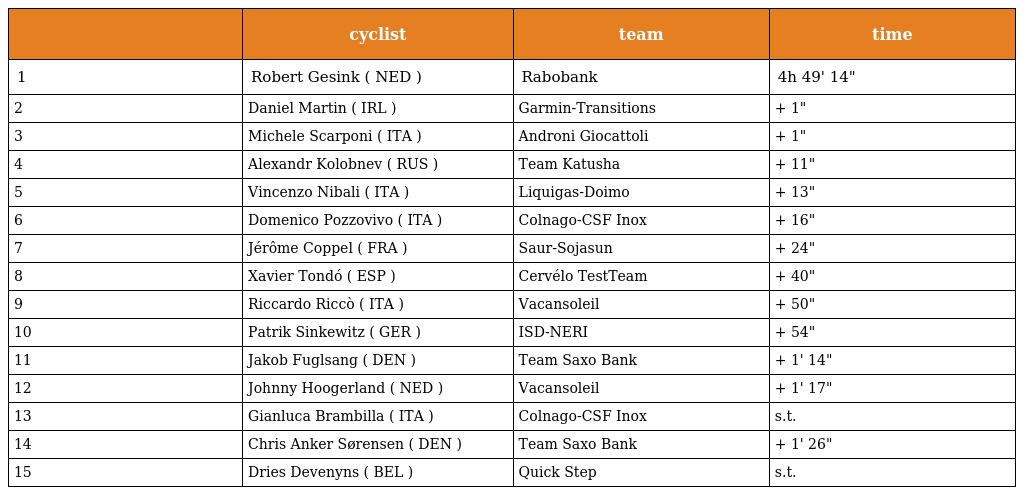
|  | cyclist | team | time |
 | --- | --- | --- | --- |
 | 1 | Robert Gesink ( NED ) | Rabobank | 4h 49' 14" |
 | 2 | Daniel Martin ( IRL ) | Garmin-Transitions | + 1" |
 | 3 | Michele Scarponi ( ITA ) | Androni Giocattoli | + 1" |
 | 4 | Alexandr Kolobnev ( RUS ) | Team Katusha | + 11" |
 | 5 | Vincenzo Nibali ( ITA ) | Liquigas-Doimo | + 13" |
 | 6 | Domenico Pozzovivo ( ITA ) | Colnago-CSF Inox | + 16" |
 | 7 | Jérôme Coppel ( FRA ) | Saur-Sojasun | + 24" |
 | 8 | Xavier Tondó ( ESP ) | Cervélo TestTeam | + 40" |
 | 9 | Riccardo Riccò ( ITA ) | Vacansoleil | + 50" |
 | 10 | Patrik Sinkewitz ( GER ) | ISD-NERI | + 54" |
 | 11 | Jakob Fuglsang ( DEN ) | Team Saxo Bank | + 1' 14" |
 | 12 | Johnny Hoogerland ( NED ) | Vacansoleil | + 1' 17" |
 | 13 | Gianluca Brambilla ( ITA ) | Colnago-CSF Inox | s.t. |
 | 14 | Chris Anker Sørensen ( DEN ) | Team Saxo Bank | + 1' 26" |
 | 15 | Dries Devenyns ( BEL ) | Quick Step | s.t. |